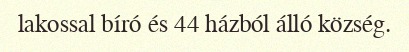
lakossal bíró és 44 házból álló község.